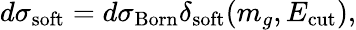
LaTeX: d\sigma_{\mathrm{soft}}=d\sigma_{\mathrm{Born}}\delta_{\mathrm{soft}}(m_{g},E_{\mathrm{cut}}),